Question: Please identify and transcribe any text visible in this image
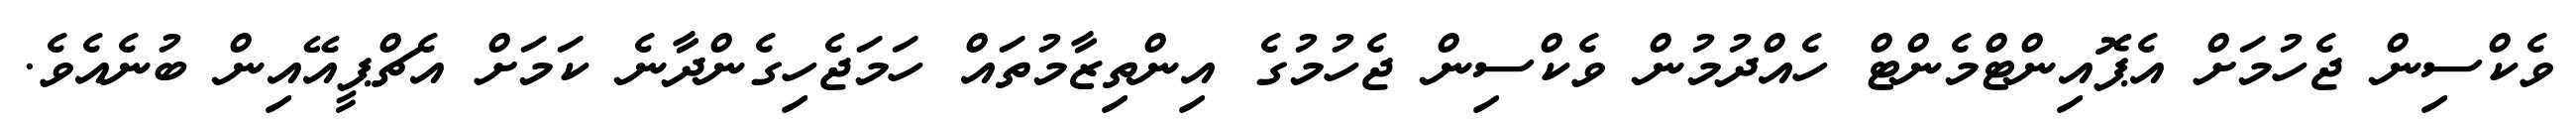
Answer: ވެކްސިން ޖެހުމަށް އެޕޮއިންޓްމެންޓް ހެއްދުމުން ވެކްސިން ޖެހުމުގެ އިންތިޒާމުތައް ހަމަޖެހިގެންދާނެ ކަމަށް އެޗްޕީއޭއިން ބުނެއެވެ.